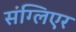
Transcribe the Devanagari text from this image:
संग्लिएर